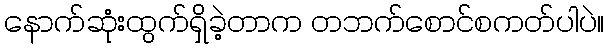
နောက်ဆုံးထွက်ရှိခဲ့တာက တဘက်စောင်စကတ်ပါပဲ။